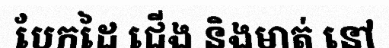
បែកដៃ ជើង និងមាត់ នៅ